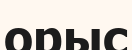
орыс